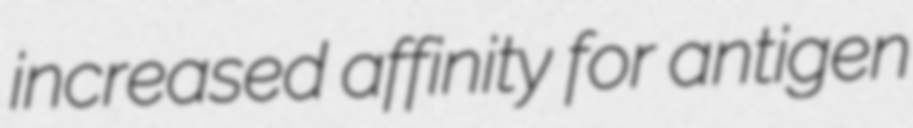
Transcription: increased affinity for antigen